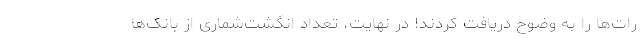
رات‌ها را به وضوح دریافت کردند! در نهایت، تعداد انگشت‌شماری از بانک‌ها